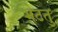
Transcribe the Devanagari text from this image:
भेटतु